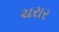
ચરાર